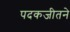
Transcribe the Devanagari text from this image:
पदकजीतने